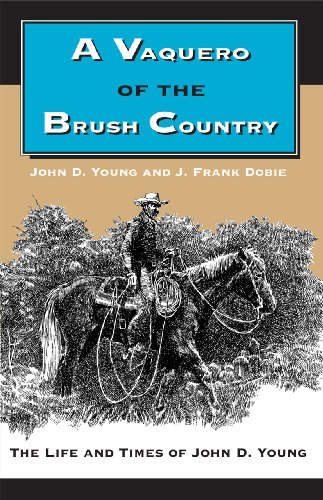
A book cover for A Vaquero of the Brush Country: The Life and Times of John D. Young; John D. Young; Literature & Fiction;